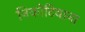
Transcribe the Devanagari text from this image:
निकोटियाना